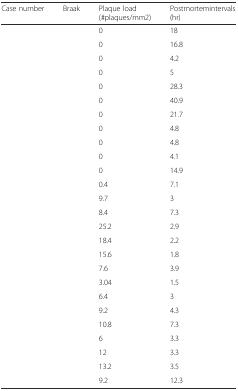
<table><thead><tr><td><b>Case number</b></td><td><b>Braak</b></td><td><b>Plaque load (#plaques/mm2)</b></td><td><b>Postmortemintervals (hr)</b></td></tr></thead><tbody><tr><td>[EMPTY_CELL]</td><td>[EMPTY_CELL]</td><td>0</td><td>18</td></tr><tr><td>[EMPTY_CELL]</td><td>[EMPTY_CELL]</td><td>0</td><td>16.8</td></tr><tr><td>[EMPTY_CELL]</td><td>[EMPTY_CELL]</td><td>0</td><td>4.2</td></tr><tr><td>[EMPTY_CELL]</td><td>[EMPTY_CELL]</td><td>0</td><td>5</td></tr><tr><td>[EMPTY_CELL]</td><td>[EMPTY_CELL]</td><td>0</td><td>28.3</td></tr><tr><td>[EMPTY_CELL]</td><td>[EMPTY_CELL]</td><td>0</td><td>40.9</td></tr><tr><td>[EMPTY_CELL]</td><td>[EMPTY_CELL]</td><td>0</td><td>21.7</td></tr><tr><td>[EMPTY_CELL]</td><td>[EMPTY_CELL]</td><td>0</td><td>4.8</td></tr><tr><td>[EMPTY_CELL]</td><td>[EMPTY_CELL]</td><td>0</td><td>4.8</td></tr><tr><td>[EMPTY_CELL]</td><td>[EMPTY_CELL]</td><td>0</td><td>4.1</td></tr><tr><td>[EMPTY_CELL]</td><td>[EMPTY_CELL]</td><td>0</td><td>14.9</td></tr><tr><td>[EMPTY_CELL]</td><td>[EMPTY_CELL]</td><td>0.4</td><td>7.1</td></tr><tr><td>[EMPTY_CELL]</td><td>[EMPTY_CELL]</td><td>9.7</td><td>3</td></tr><tr><td>[EMPTY_CELL]</td><td>[EMPTY_CELL]</td><td>8.4</td><td>7.3</td></tr><tr><td>[EMPTY_CELL]</td><td>[EMPTY_CELL]</td><td>25.2</td><td>2.9</td></tr><tr><td>[EMPTY_CELL]</td><td>[EMPTY_CELL]</td><td>18.4</td><td>2.2</td></tr><tr><td>[EMPTY_CELL]</td><td>[EMPTY_CELL]</td><td>15.6</td><td>1.8</td></tr><tr><td>[EMPTY_CELL]</td><td>[EMPTY_CELL]</td><td>7.6</td><td>3.9</td></tr><tr><td>[EMPTY_CELL]</td><td>[EMPTY_CELL]</td><td>3.04</td><td>1.5</td></tr><tr><td>[EMPTY_CELL]</td><td>[EMPTY_CELL]</td><td>6.4</td><td>3</td></tr><tr><td>[EMPTY_CELL]</td><td>[EMPTY_CELL]</td><td>9.2</td><td>4.3</td></tr><tr><td>[EMPTY_CELL]</td><td>[EMPTY_CELL]</td><td>10.8</td><td>7.3</td></tr><tr><td>[EMPTY_CELL]</td><td>[EMPTY_CELL]</td><td>6</td><td>3.3</td></tr><tr><td>[EMPTY_CELL]</td><td>[EMPTY_CELL]</td><td>12</td><td>3.3</td></tr><tr><td>[EMPTY_CELL]</td><td>[EMPTY_CELL]</td><td>13.2</td><td>3.5</td></tr><tr><td>[EMPTY_CELL]</td><td>[EMPTY_CELL]</td><td>9.2</td><td>12.3</td></tr></tbody></table>